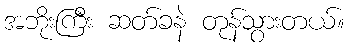
အဘိုးကြီး ဆတ်ခနဲ တုန်သွားတယ်။